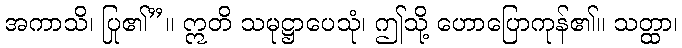
အကာသိ၊ ပြု၏”။ ဣတိ သမုဋ္ဌာပေသုံ၊ ဤသို့ ဟောပြောကုန်၏။ သတ္ထာ၊